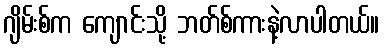
ဂျိမ်းစ်က ကျောင်းသို့ ဘတ်စ်ကားနဲ့လာပါတယ်။